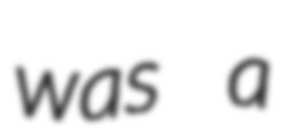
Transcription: was a